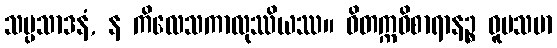
သမ္ပသာဒနံ, န ကိလေသကာလုဿိယဿ။ ဝိတက္ကဝိစာရာနဉ္စ ဝူပသမာ